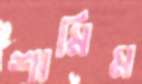
শামিম